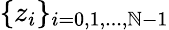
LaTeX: \{ z_{i}\} _{i=0,1,...,\mathbb{N}-1}